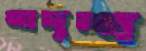
মাদৃশ